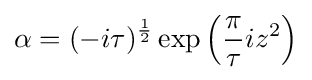
\alpha =(-i\tau )^{\frac {1}{2}}\exp \left({\frac {\pi }{\tau }}iz^{2}\right)